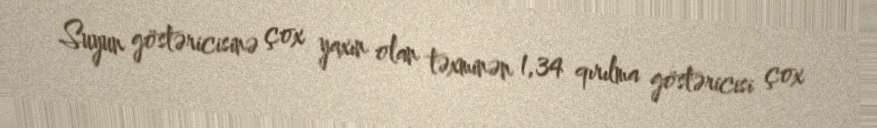
Suyun göstəricisinə çox yaxın olan təxminən 1,34 qırılma göstəricisi çox